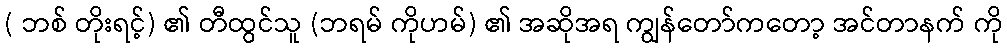
( ဘစ် တိုးရင့်) ၏ တီထွင်သူ (ဘရမ် ကိုဟမ်) ၏ အဆိုအရ ကျွန်တော်ကတော့ အင်တာနက် ကို